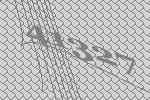
41327